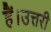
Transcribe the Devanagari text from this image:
हैं।उत्तरी